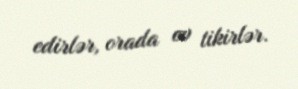
edirlər, orada ev tikirlər.